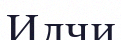
Илчи